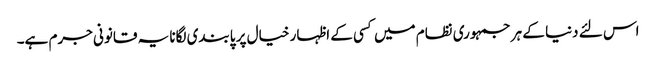
اس لئے دنیا کے ہر جمہوری نظام میں کسی کے اظہار خیال پر پابندی لگانا یہ قانونی جرم ہے۔